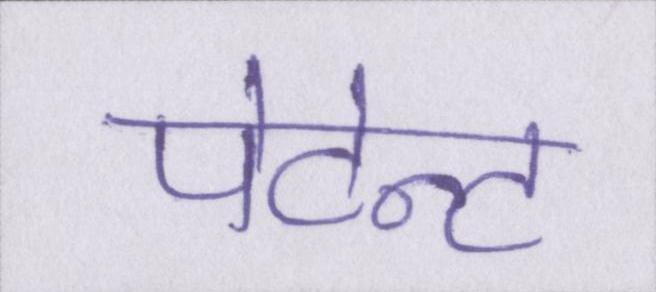
पेटेन्ट